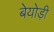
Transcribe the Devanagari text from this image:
बेयोड़ी